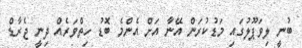
ބުނީ ލިވަޕޫލުގައި މަޑުކުރަން އޭނާ އަށް އެންމެ ބޮޑު ހިތްވަރެއް ދިނީ ޖެރާޑް